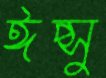
ঈপ্সু